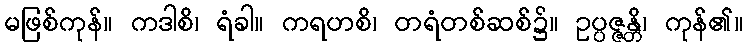
မဖြစ်ကုန်။ ကဒါစိ၊ ရံခါ။ ကရဟစိ၊ တရံတစ်ဆစ်၌။ ဥပ္ပဇ္ဇန္တိ၊ ကုန်၏။